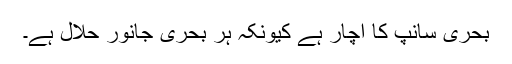
بحری سانپ کا اچار ہے کيونکہ ہر بحری جانور حلال ہے۔